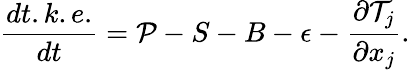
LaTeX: \frac{dt.k.e.}{dt}=\mathcal{P}-S-B-\epsilon-\frac{\partial\mathcal{T}_{j}}{\partial x_{j}}.